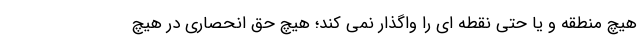
هیچ منطقه و یا حتی نقطه ای را واگذار نمی کند؛ هیچ حق انحصاری در هیچ